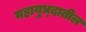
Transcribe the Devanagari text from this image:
महायुध्दातील